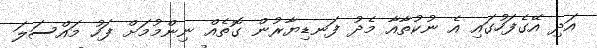
އަދި އޭގެފަހުގައި އެ ނުކުތާއާ މެދު ފަނޑިޔާރުން ގޮތެއް ނިންމުމަށް ފަހު މައްސަލަ